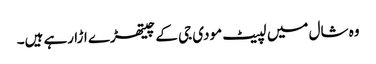
وہ شال میں لپیٹ مودی جی کے چیتھڑے اڑا رہے ہیں۔